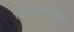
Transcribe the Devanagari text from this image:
विजिनटिलीयन